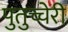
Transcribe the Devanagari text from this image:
पुतुच्चेरी